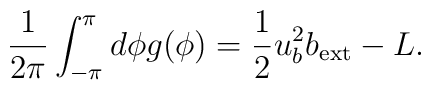
\frac{1}{2\pi}\int_{-\pi}^\pi d\phi g(\phi)=\frac{1}{2}u^2_bb_{\rm ext}-L.